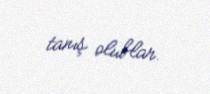
tanış olublar.